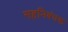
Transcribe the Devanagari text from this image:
सहनिबंधक